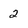
Character: 2